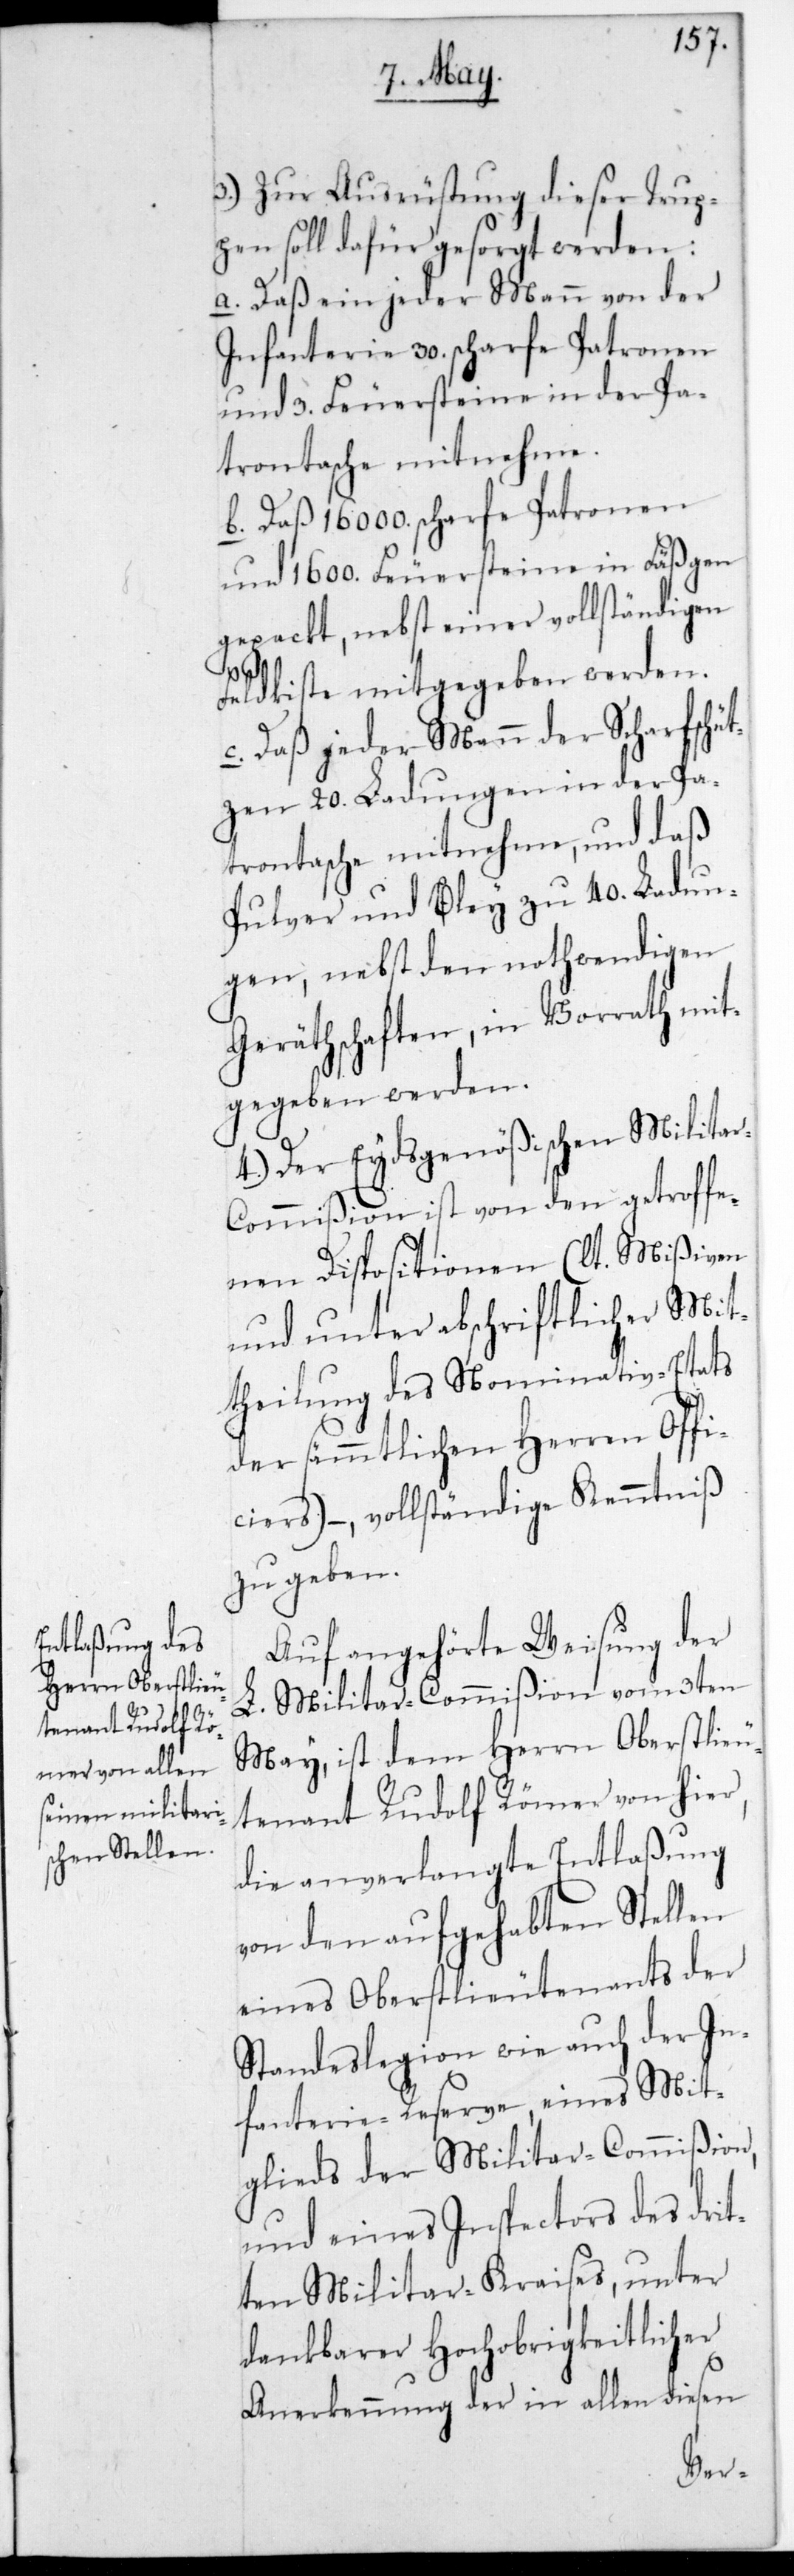
3.) Zur Ausrüstung dieser Trup¬
pen soll dafür gesorgt werden:
a. Daß ein jeder Mann von der
Infanterie 30. scharfe Patronen
und 3. Feuersteine in der Pa¬
tronentasche mitnehme.
b. Daß 16 000. scharfe Patronen
und 1600. Feuersteine in Fäßgen
gepackt, nebst einer vollständigen
Feldkiste mitgegeben werden.
c. Daß jeder Mann der Scharfschüt¬
zen 20. Ladungen in der Pa¬
tronentasche mitnehme, und daß
Pulver und Blei zu 40. Ladun¬
gen, nebst den nothwendigen
Geräthschaften, in Vorrath mit¬
gegeben werden.
4.) Der Eydsgenößischen Milita¬
r-Commißion ist von den getroffe¬
nen Dispositionen (laut Mißiven
und unter abschriftlicher Mit¬
theilung des Nominativ-Etats
der sämmtlichen Herren Offi¬
ciers) – vollständige Kenntniß
zu geben.
Auf angehörte Weisung der
L. Militar-Commißion vom 3ten
May, ist dem Herrn Oberstlieu¬
tenant Rudolf Römer von hier,
die anverlangte Entlaßung
von den aufgehabten Stellen
eines Oberstlieutenants der
Standeslegion wie auch der In¬
fanterie-Reserve, eines Mit¬
glieds der Militar-Commißion,
und eines Inspectors des drit¬
ten Militärkreises, unter
dankbarer Hochobrigkeitlicher
Anerkennung der in allen diesen